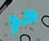
هو